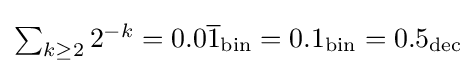
\textstyle \sum _{k\geq 2}2^{-k}=0.0{\overline {1}}_{\text{bin}}=0.1_{\text{bin}}=0.5_{\text{dec}}